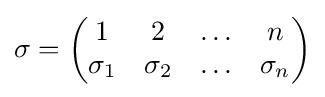
\sigma ={\begin{pmatrix}1&2&\ldots &n\\\sigma _{1}&\sigma _{2}&\ldots &\sigma _{n}\end{pmatrix}}